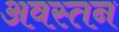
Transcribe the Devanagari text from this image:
अवस्तन